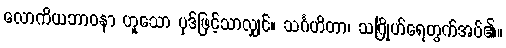
လောကိယဘာဝနာ ဟူသော ပုဒ်ဖြင့်သာလျှင်။ သင်္ဂဟိတာ၊ သင်္ဂြိုဟ်ရေတွက်အပ်၏။